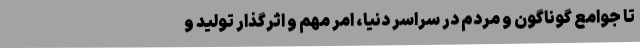
تا جوامع گوناگون و مردم در سراسر دنيا، امر مهم و اثرگذار توليد و